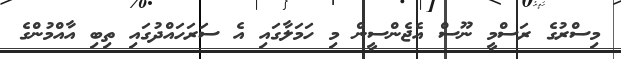
މިސްރުގެ ރަސްމީ ނޫސް އެޖެންސީން މި ހަމަލާގައި އެ ސަރަހައްދުގައި ތިބި އާއްމުންގެ